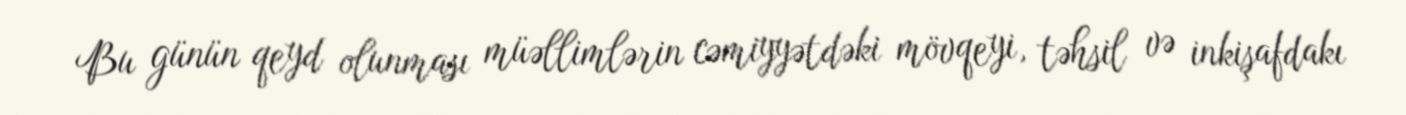
Bu günün qeyd olunması müəllimlərin cəmiyyətdəki mövqeyi, təhsil və inkişafdakı